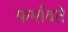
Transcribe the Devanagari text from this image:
फर्मावते